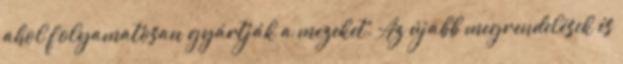
ahol folyamatosan gyártják a mezeket. Az újabb megrendelések és